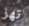
تهز